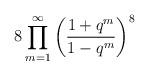
LaTeX: \begin{align*}8 \prod_{m=1}^{\infty}\left( \frac{1+q^m}{1-q^m} \right)^8\end{align*}